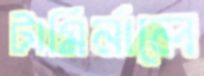
টামির্নালে